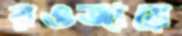
রওজায়ে